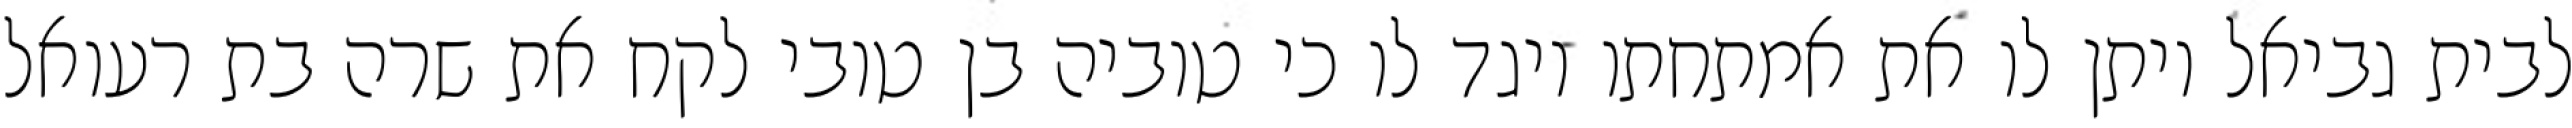
לבית גביאל ויתן לו את אמתחתו ויגד לו כי טוביה בן טובי לקח את שרה בת רעואל